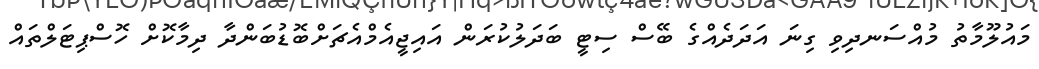
މައުލޫމާތު މުއްސަނދިވި ގިނަ އަދަދެއްގެ ބޭސް ސިޓީ ބަދަލުކުރަން އައިޖީއެމްއެޗަށްބޮޑުބަންދާ ދިމާކޮށް ހޮސްޕިޓަލްތައް